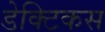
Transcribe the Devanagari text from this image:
डेक्टिकस